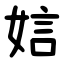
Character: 娮